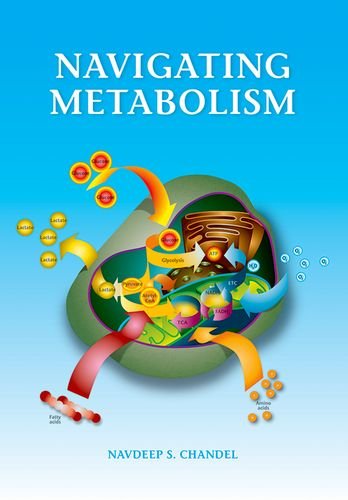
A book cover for Navigating Metabolism; Navdeep Chandel; Medical Books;